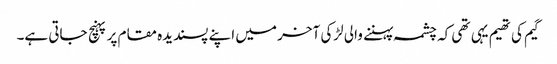
گیم کی تھیم یہی تھی کہ چشمہ پہننے والی لڑکی آخر میں اپنے پسندیدہ مقام پر پہنچ جاتی ہے۔